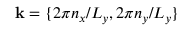
\mathbf { k } = \{ 2 \pi n _ { x } / L _ { y } , { 2 } \pi n _ { y } / L _ { y } \}